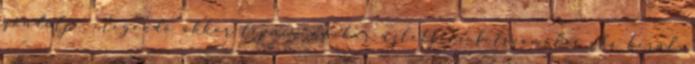
gondolja, elegendő akkor lépnie, amikor üzletfele felszámolás alá kerül,